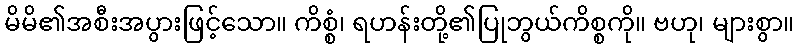
မိမိ၏အစီးအပွားဖြင့်သော။ ကိစ္စံ၊ ရဟန်းတို့၏ပြုဘွယ်ကိစ္စကို။ ဗဟု၊ များစွာ။